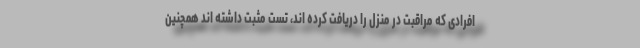
افرادی که مراقبت در منزل را دریافت کرده اند، تست مثبت داشته اند همچنین